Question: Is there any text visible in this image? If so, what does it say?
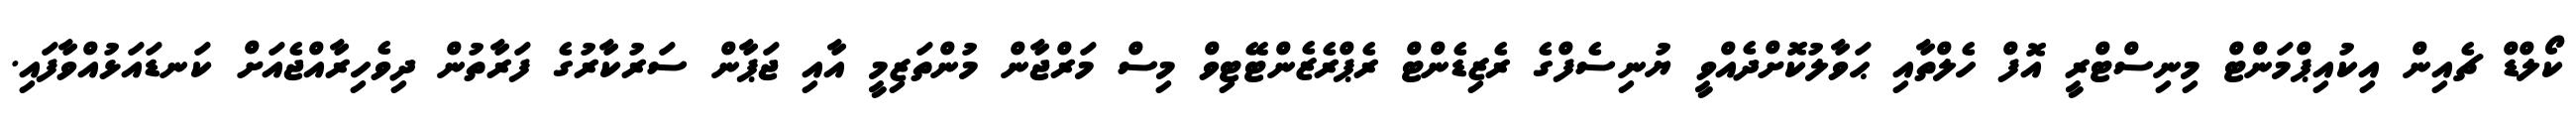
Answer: ކޯލްޑް ޗެއިން އިކުއިޕްމަންޓް މިނިސްޓްރީ އޮފް ހެލްތާއި ޙަވާލުކޮށްދެއްވީ ޔުނިސެފްގެ ރެޒިޑެންޓް ރެޕްރެޒެންޓޭޓިވް މިސް މަރްޖާން މުންތަޒިމީ އާއި ޖަޕާން ސަރުކާރުގެ ފަރާތުން ދިވެހިރާއްޖެއަށް ކަނޑައަޅުއްވާފައި.